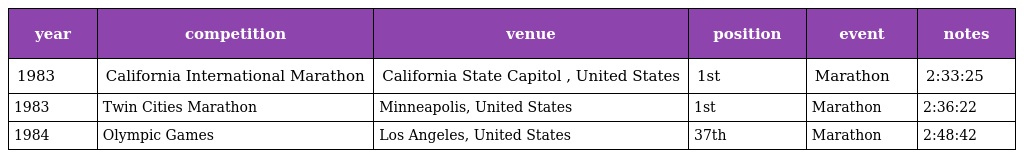
| year | competition | venue | position | event | notes |
 | --- | --- | --- | --- | --- | --- |
 | 1983 | California International Marathon | California State Capitol , United States | 1st | Marathon | 2:33:25 |
 | 1983 | Twin Cities Marathon | Minneapolis, United States | 1st | Marathon | 2:36:22 |
 | 1984 | Olympic Games | Los Angeles, United States | 37th | Marathon | 2:48:42 |